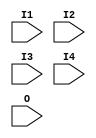
// $Header: /devl/xcs/repo/env/Databases/CAEInterfaces/verunilibs/data/unisims/FMAP.v,v 1.4.158.1 2007/03/09 18:13:03 patrickp Exp $
///////////////////////////////////////////////////////////////////////////////
// Copyright (c) 1995/2004 Xilinx, Inc.
// All Right Reserved.
///////////////////////////////////////////////////////////////////////////////
//   ____  ____
//  /   /\/   /
// /___/  \  /    Vendor : Xilinx
// \   \   \/     Version : 8.1i (I.13)
//  \   \         Description : Xilinx Functional Simulation Library Component
//  /   /                  F Function Generator Partitioning Control Symbol
// /___/   /\     Filename : FMAP.v
// \   \  /  \    Timestamp : Thu Mar 25 16:42:18 PST 2004
//  \___\/\___\
//
// Revision:
//    03/23/04 - Initial version.
// End Revision

`timescale  100 ps / 10 ps


module FMAP (I1, I2, I3, I4, O);

    input  I1, I2, I3, I4, O;

endmodule